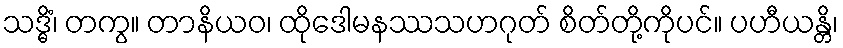
သဒ္ဓိံ၊ တကွ။ တာနိယဝ၊ ထိုဒေါမနဿသဟဂုတ် စိတ်တို့ကိုပင်။ ပဟီယန္တိ၊